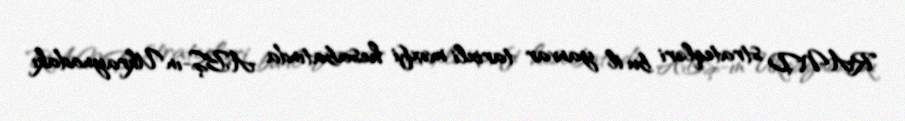
RAND strateqləri bu il yanvar tarixli məxfi hesabatında ABŞ-ın Ukraynadakı